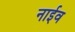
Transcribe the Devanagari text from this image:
नाईव